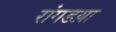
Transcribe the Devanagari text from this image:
रांगडय़ा